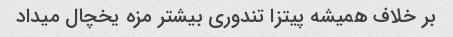
بر خلاف همیشه پیتزا تندوری بیشتر مزه یخچال میداد